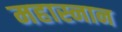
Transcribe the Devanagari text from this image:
महास्नान